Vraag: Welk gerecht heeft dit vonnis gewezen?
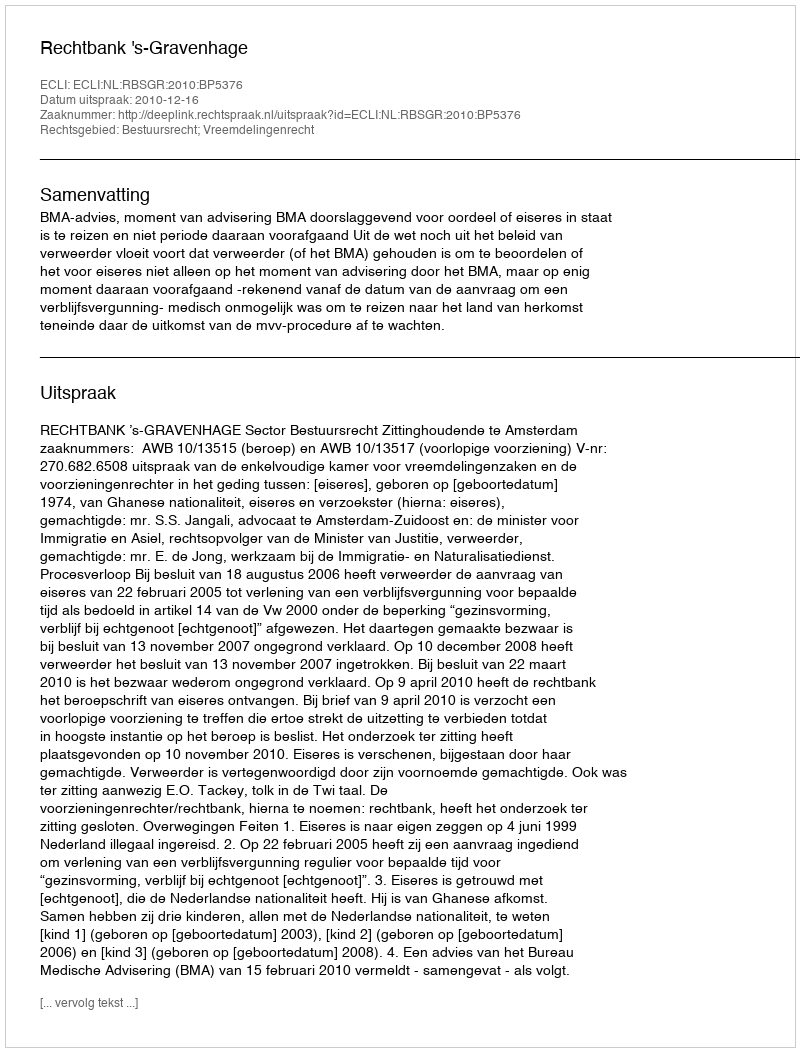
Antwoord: Rechtbank 's-Gravenhage